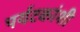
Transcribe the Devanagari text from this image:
पर्यटकांशी